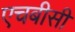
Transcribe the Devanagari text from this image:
एचबीसी